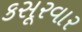
કસૂરવાર